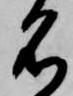
名